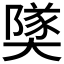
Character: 𪥡